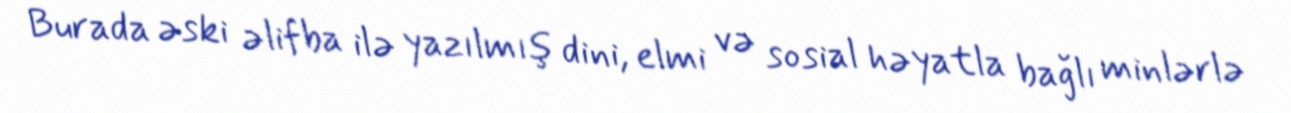
Burada əski əlifba ilə yazılmış dini, elmi və sosial həyatla bağlı minlərlə